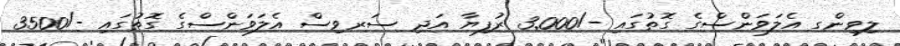
ލިވިންގ އެލަވަންސްގެ ގޮތުގައި -/3